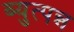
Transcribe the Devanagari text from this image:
ब्युत्पन्न